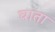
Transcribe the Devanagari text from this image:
घाता